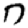
Digit: 7